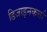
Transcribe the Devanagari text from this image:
डिजाइनकर्त्ता